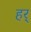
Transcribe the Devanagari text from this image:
हर्